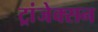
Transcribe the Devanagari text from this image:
ट्रांजेक्सन